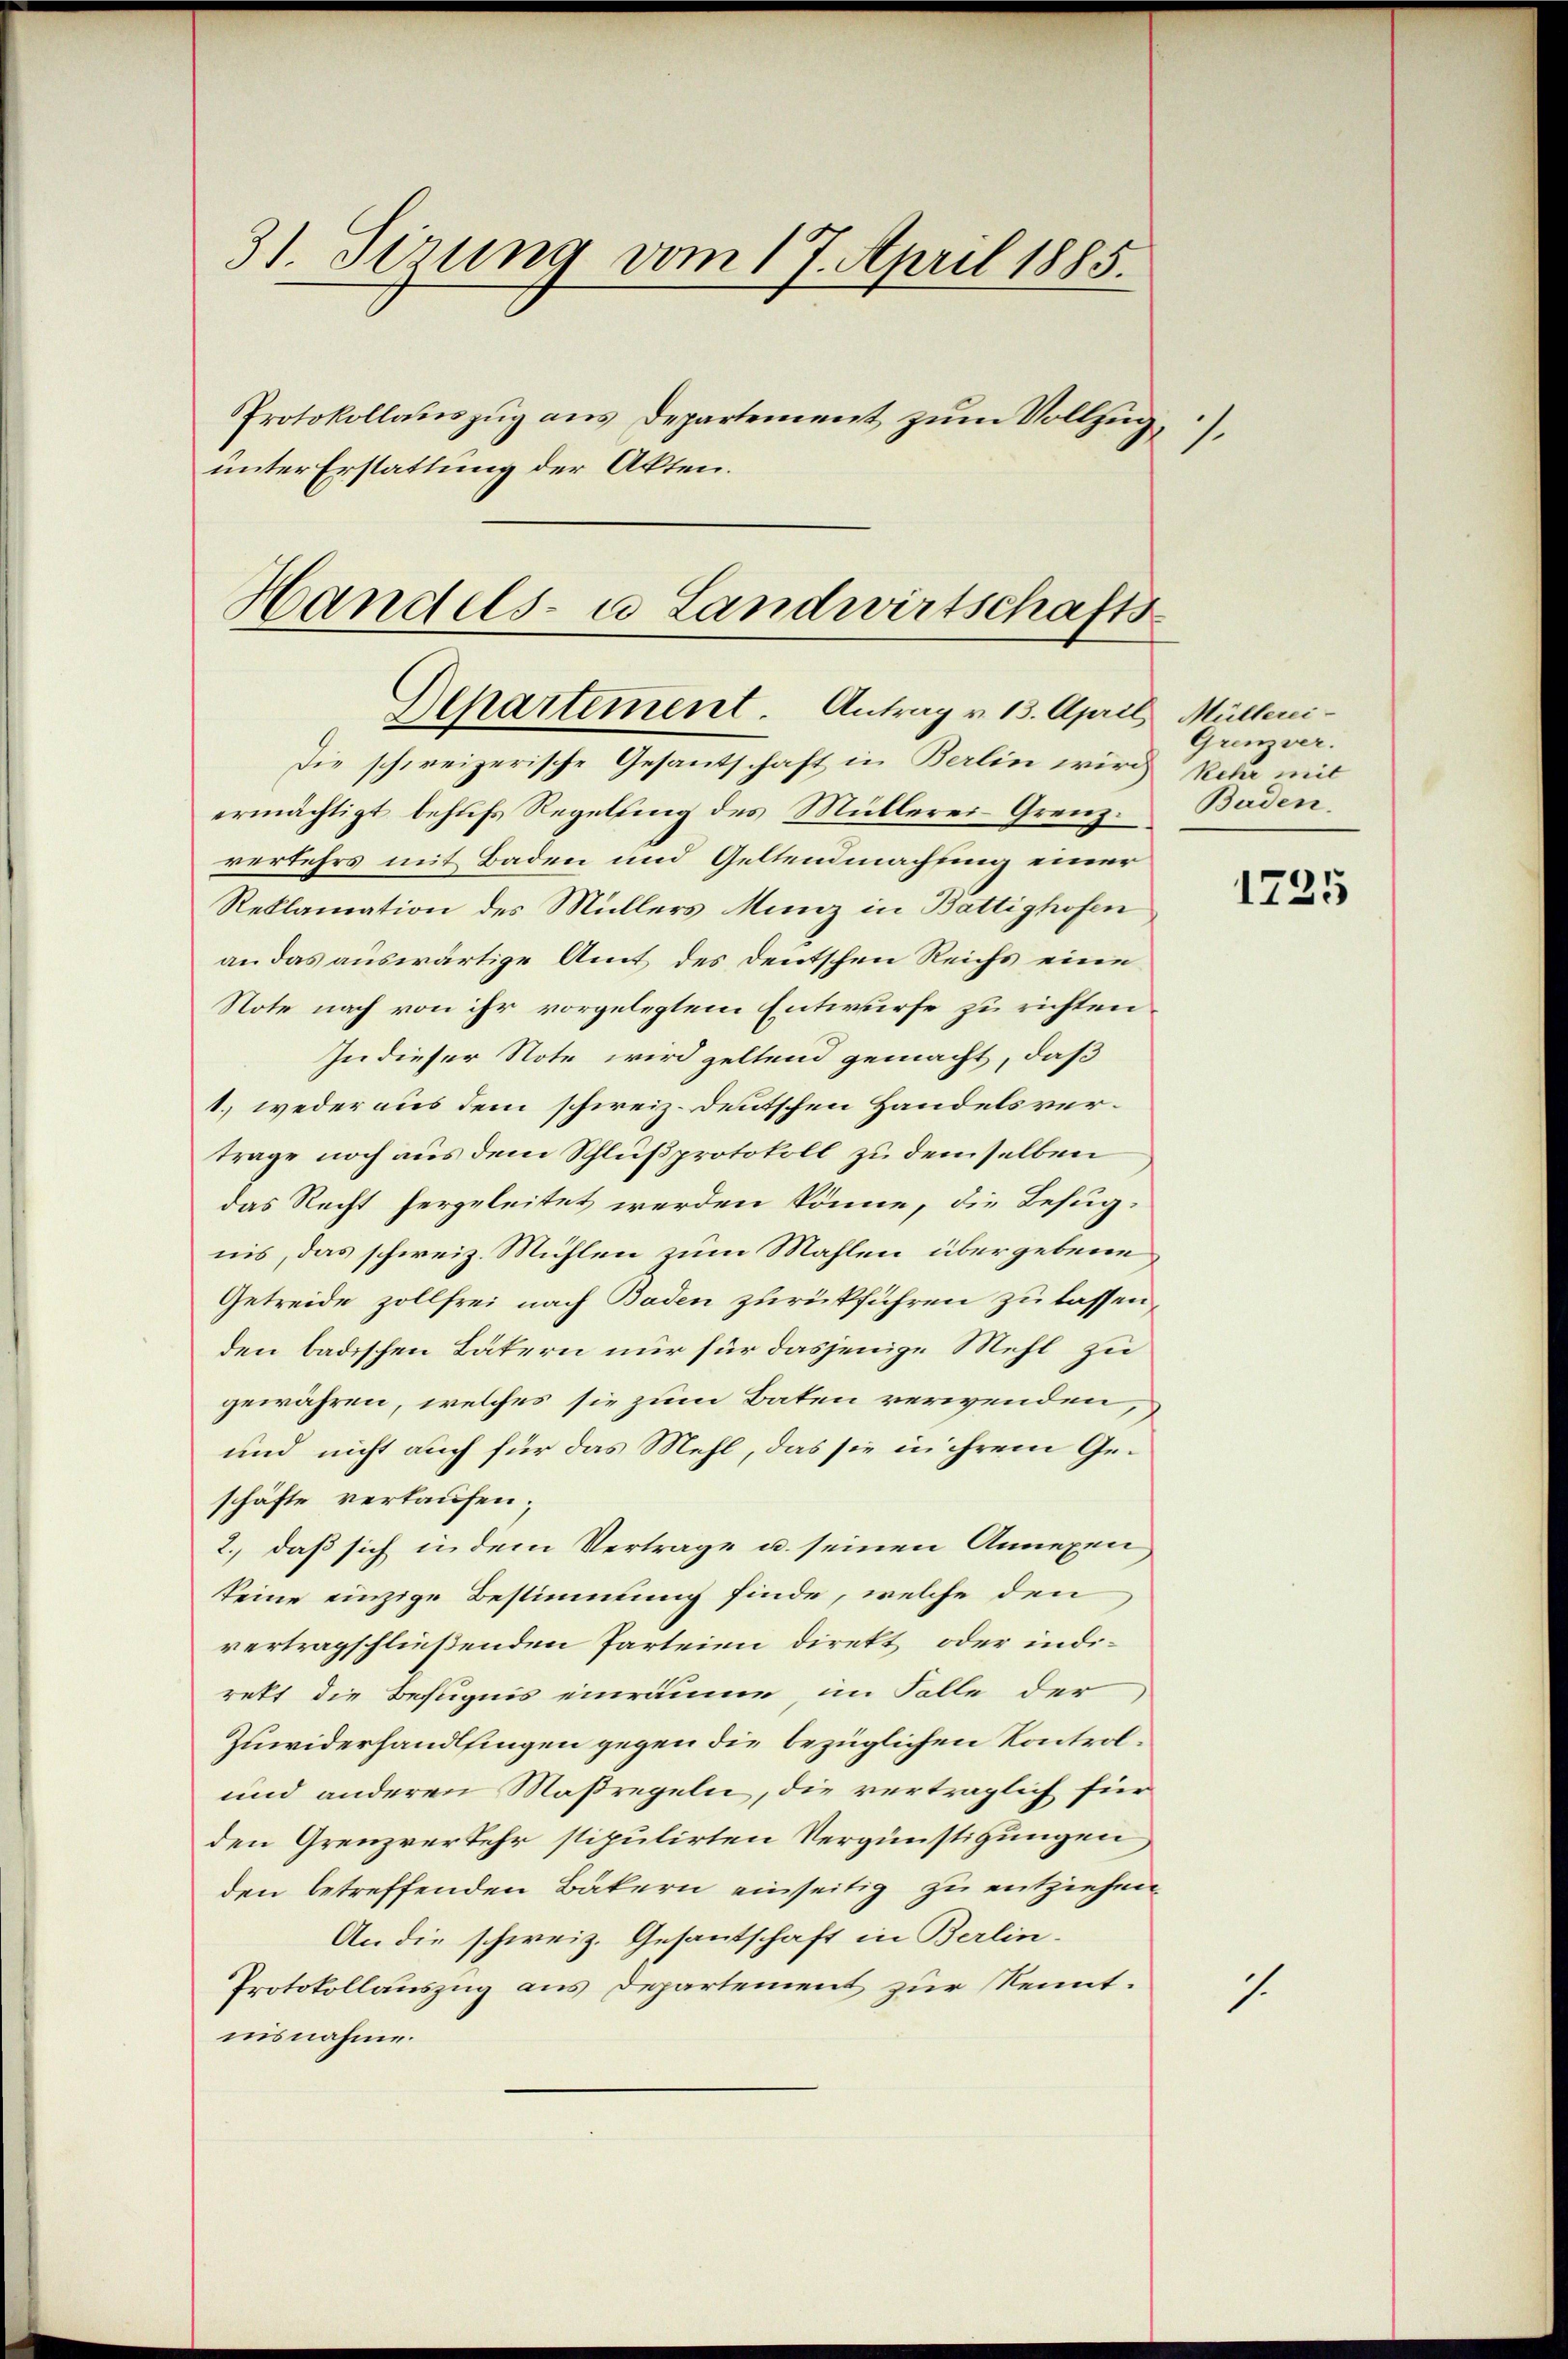
31. Sirung vom 17. April 1885.
Protokollauszug aus Departement zum Vollzug
1.
unter Erstattung der Akten.

Handels- u Landwirtschafts-
Departement. Antrag v. 13. April Mülleri¬
Die schweizerische Gesantschaft in Berlin wird kehr mit

ermächtigt behufs Regelung des Müllerei Grenzverkehrs mit Baden und Geltendmachung einer
Reklamation des Müllers Münz in Battighofen,
an das auswärtige Amt des deutschen Reichs eine
Note nach von ihr vorgelegtem Entwurfe zu richten
In dieser Note wird geltend gemacht, daß
1.) weder aus dem schweiz. Deutschen Handelsvertrage noch aus dem Schlußprotokoll zu demselben
das Recht hergeleitet werden könne, die Befug-
nis, das schweiz. Mühlen zum Mahlen übergebene
Getreide zollfrei nach Baden zurückführen zu lassen,
den badischen Bätern nur für dasjenige Mehl zu
gewähren, welches sie zum Baten verwenden
und nicht auch für das Mehl, das sie in ihrem Geschäfte verkaufen;
2., daß sich in dem Vertrage u. seinen Annexen,
keine einzige Bestimmung finde, welche den
vertragschließenden Parteien direkt oder indirett die Befugnis einräume, im Falle der
Zuwiderhandlfingen gegen die bezüglichen Kontrol¬
und anderen Maßregeln, die verträglich für
den Grenzverkehr stipulirten Vergünstigungen,
den betreffenden Bäkern einseitig zu entziehen
An die schweiz. Gesantschaft in Berlin-
Protokollauszug aus Departement zur Kenntnisnahme.

Grenzver.
Baden.

1725

1.